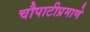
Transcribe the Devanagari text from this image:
चौपाटीप्रमाणे